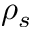
\rho _ { s }